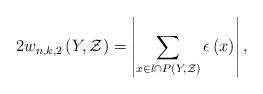
LaTeX: \begin{align*}2w_{n,k,2}\left(Y,\mathcal{Z}\right)=\left|\sum_{x\in l\cap P\left(Y,\mathcal{Z}\right)}\epsilon\left(x\right)\right|,\end{align*}